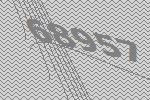
68957